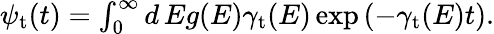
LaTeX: \begin{array}{r}{\psi_{\mathrm{t}}(t)=\int_{0}^{\infty}d\, Eg(E)\gamma_{\mathrm{t}}(E)\exp\left(-\gamma_{\mathrm{t}}(E)t\right).}\end{array}